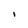
Character: I